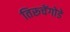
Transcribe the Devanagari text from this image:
तिरूचेंगोडे